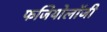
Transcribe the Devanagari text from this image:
फजियोलॉजी